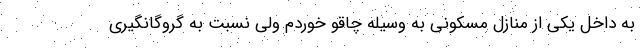
به داخل یکی از منازل مسکونی به وسیله چاقو خوردم ولی نسبت به گروگانگیری